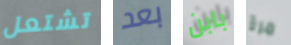
تشتعل بعد بابن مرة